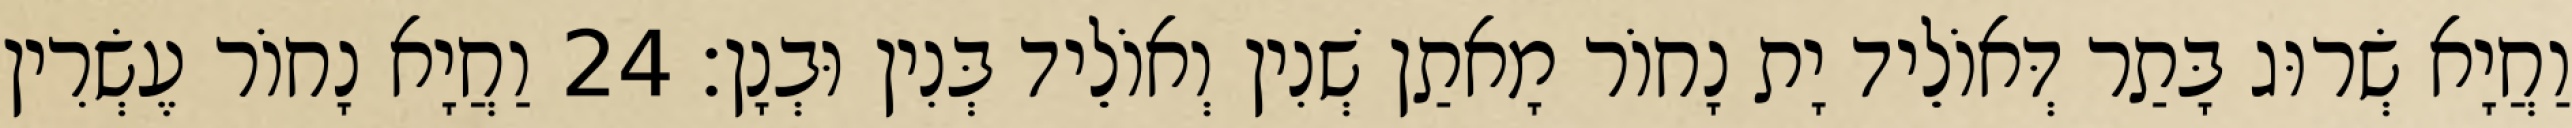
וַחֲיָא שְׂרוּג בָּתַר דְּאוֹלֵיד יָת נָחוֹר מָאתַן שְׁנִין וְאוֹלֵיד בְּנִין וּבְנָן׃ 24 וַחֲיָא נָחוֹר עֶשְׂרִין